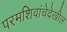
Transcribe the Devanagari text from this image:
परमशिवांचेदेखील